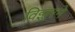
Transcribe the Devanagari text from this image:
विझ्नरने